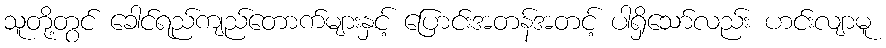
သူတို့တွင် ခေါင်ရည်ကျည်တောက်များနှင့် ပြောင်းအတန်အတင့် ပါရှိသော်လည်း ဟင်းလျာမူ